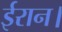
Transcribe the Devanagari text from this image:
ईरान।